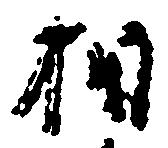
相